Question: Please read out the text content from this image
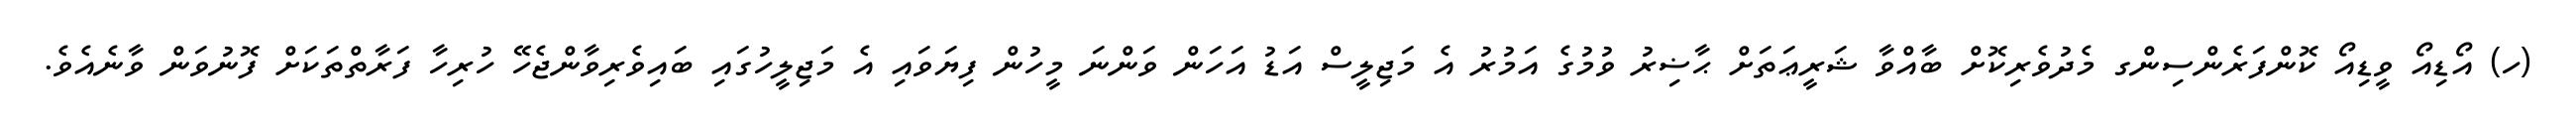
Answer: (ހ) އޯޑިއޯ ވީޑިއޯ ކޮންފަރެންސިންގ މެދުވެރިކޮށް ބާއްވާ ޝަރީޢަތަށް ޙާޟިރު ވުމުގެ އަމުރު އެ މަޖިލީސް އަޑު އަހަން ވަންނަ މީހުން ފިޔަވައި އެ މަޖިލީހުގައި ބައިވެރިވާންޖެހޭ ހުރިހާ ފަރާތްތަކަށް ފޮނުވަން ވާނެއެވެ.